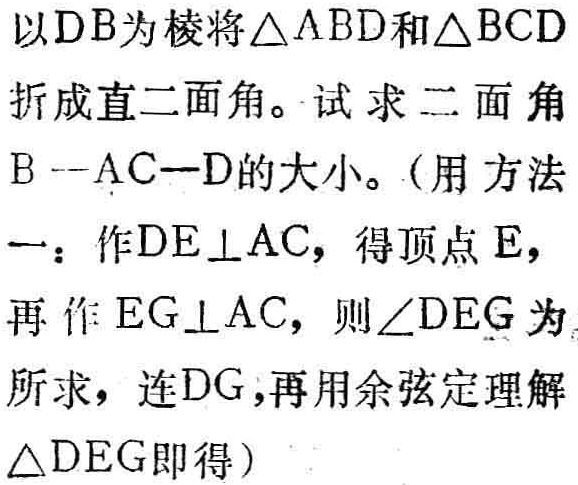
以DB为棱将\(\triangle ABD\)和\(\triangle BCD\)折成直二面角。试求二面角B--AC--D的大小。（用方法一：作\(DE\perp AC\)，得顶点\(E\)，再作\(EG\perp AC\)，则\(\angle DEG\)为所求，连\(DG\)，再用余弦定理解\(\triangle DEG\)即得）